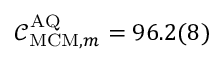
\mathcal { C } _ { \mathrm { M C M } , m } ^ { \mathrm { A Q } } = 9 6 . 2 ( 8 ) \